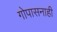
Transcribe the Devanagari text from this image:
गोपासनाही